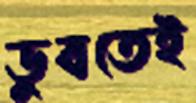
ডুবতেই